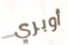
أوبري